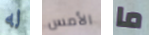
له الأمس ما